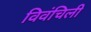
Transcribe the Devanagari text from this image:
विवंचिली